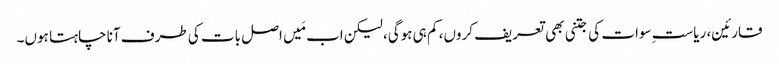
قارئین، ریاستِ سوات کی جتنی بھی تعریف کروں، کم ہی ہوگی، لیکن اب مَیں اصل بات کی طرف آنا چاہتا ہوں۔